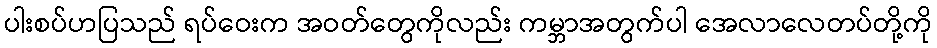
ပါးစပ်ဟပြသည် ရပ်ဝေးက အဝတ်တွေကိုလည်း ကမ္ဘာအတွက်ပါ အေလာလေတပ်တို့ကို